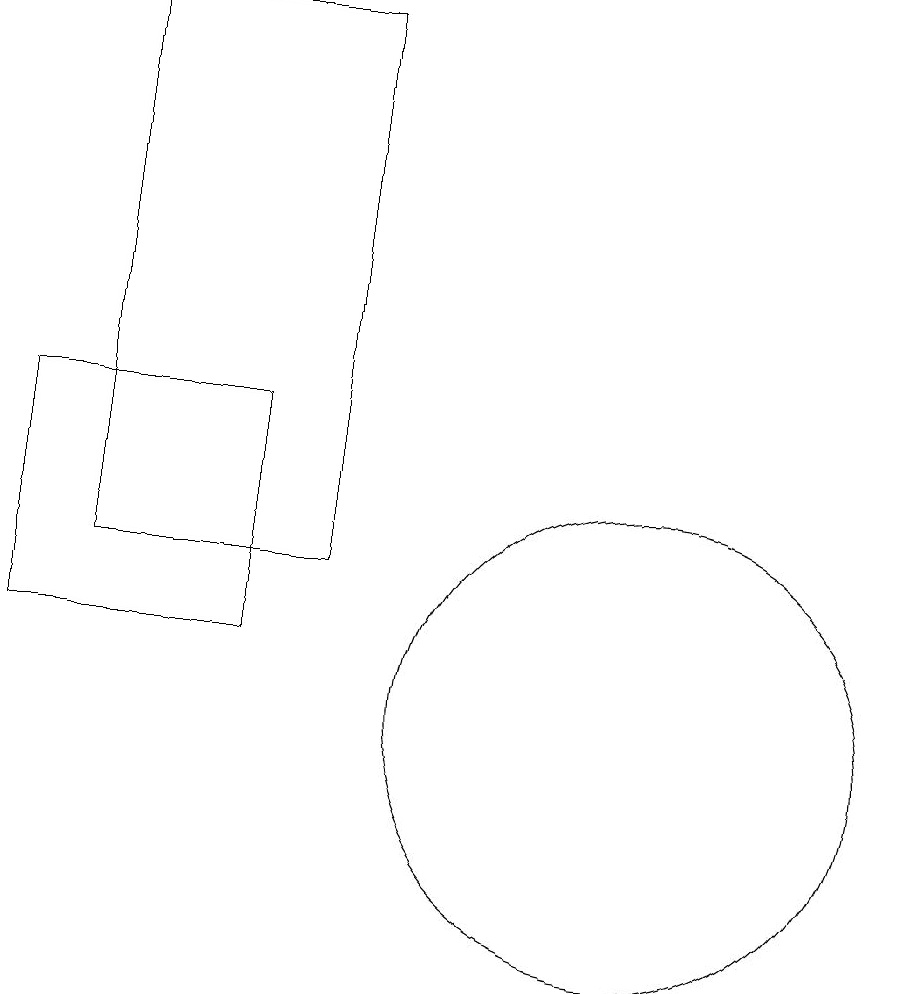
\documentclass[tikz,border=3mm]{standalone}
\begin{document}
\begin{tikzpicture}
\draw (3,12) rectangle (6,19);
\draw (10,10) circle (3);
\draw (5,11) rectangle (2,14);
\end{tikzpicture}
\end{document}